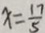
x = \frac { 1 7 } { 5 }